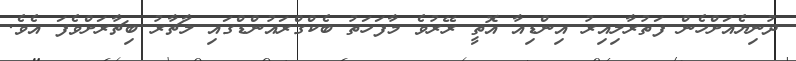
ދުނިޔެއަށްހެން ފަތުރާލިއިރު އިންޑިއާ އޮތީ ރޭރުވެ މާފަހަތު ބެކްގްރައުންޑްގައި ލާޗާރު ބިޗާރަށްވެފަ އެވެ.